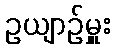
ဥယျာဉ်မှူး